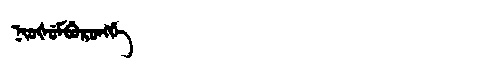
Manchu: ᠨᡳᠣᡧᡠᠮᠪᡠᡵᠣᠩᡤᡝ
Romanization: NIOŠUMBURONGGE